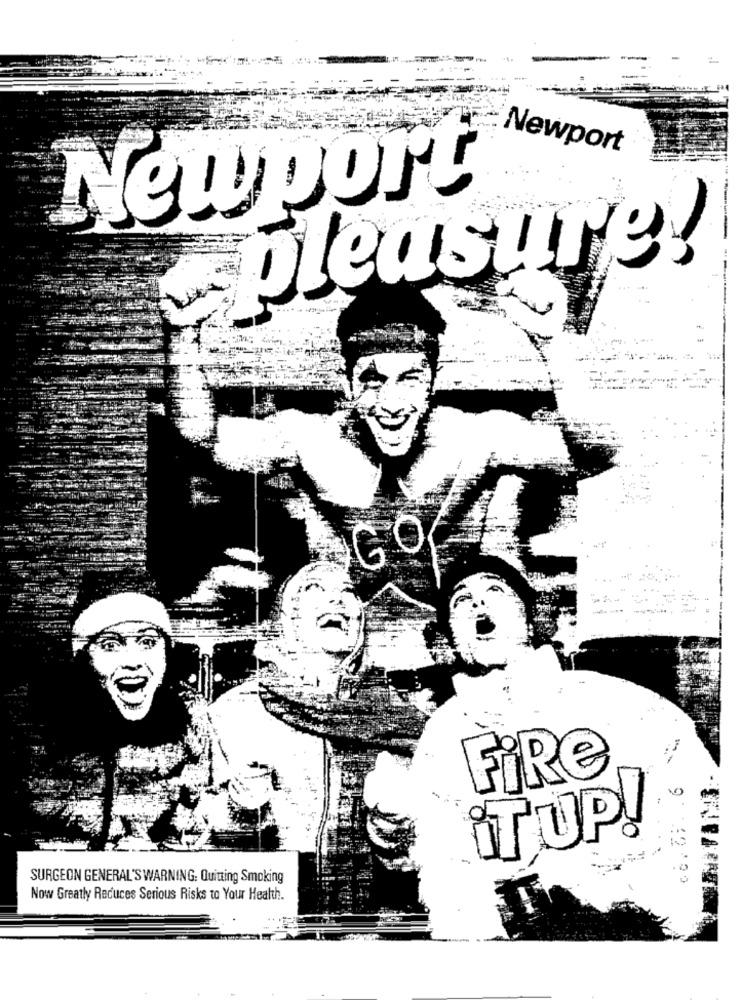
Newport
New port
pleasure!
GO
--
FiRe
it UP!
SURGEON GENERAL'S WARNING: Quitting Smoking
Now Greatly Reduces Serious Risks to Your Health.